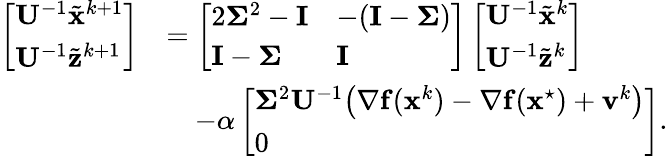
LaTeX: \begin{array}{rl}{\left[\begin{array}{l}{{\mathbf{U}}^{-1}\tilde{{\mathbf{x}}}^{k+1}}\\ {{\mathbf{U}}^{-1}\tilde{{\mathbf{z}}}^{k+1}}\end{array}\right]}&{=\left[\begin{array}{ll}{2\mathbf{\Sigma}^{2}-{\mathbf{I}}}&{-({\mathbf{I}}-\mathbf{\Sigma})}\\ {{\mathbf{I}}-\mathbf{\Sigma}}&{{\mathbf{I}}}\end{array}\right]\left[\begin{array}{l}{{\mathbf{U}}^{-1}\tilde{{\mathbf{x}}}^{k}}\\ {{\mathbf{U}}^{-1}\tilde{{\mathbf{z}}}^{k}}\end{array}\right]}\\ &{\quad-\alpha\left[\begin{array}{l}{\mathbf{\Sigma}^{2}{\mathbf{U}}^{-1}\big({\nabla}\mathbf{f}(\mathbf{x}^{k})-{\nabla}{\mathbf{f}}({\mathbf{x}}^{\star})+{\mathbf{v}}^{k}\big)}\\ {0}\end{array}\right].}\end{array}